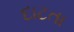
દાટતા